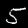
Digit: 5